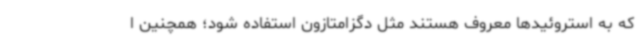
که به استروئیدها معروف هستند مثل دگزامتازون استفاده شود؛ همچنین ا